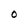
Character: O